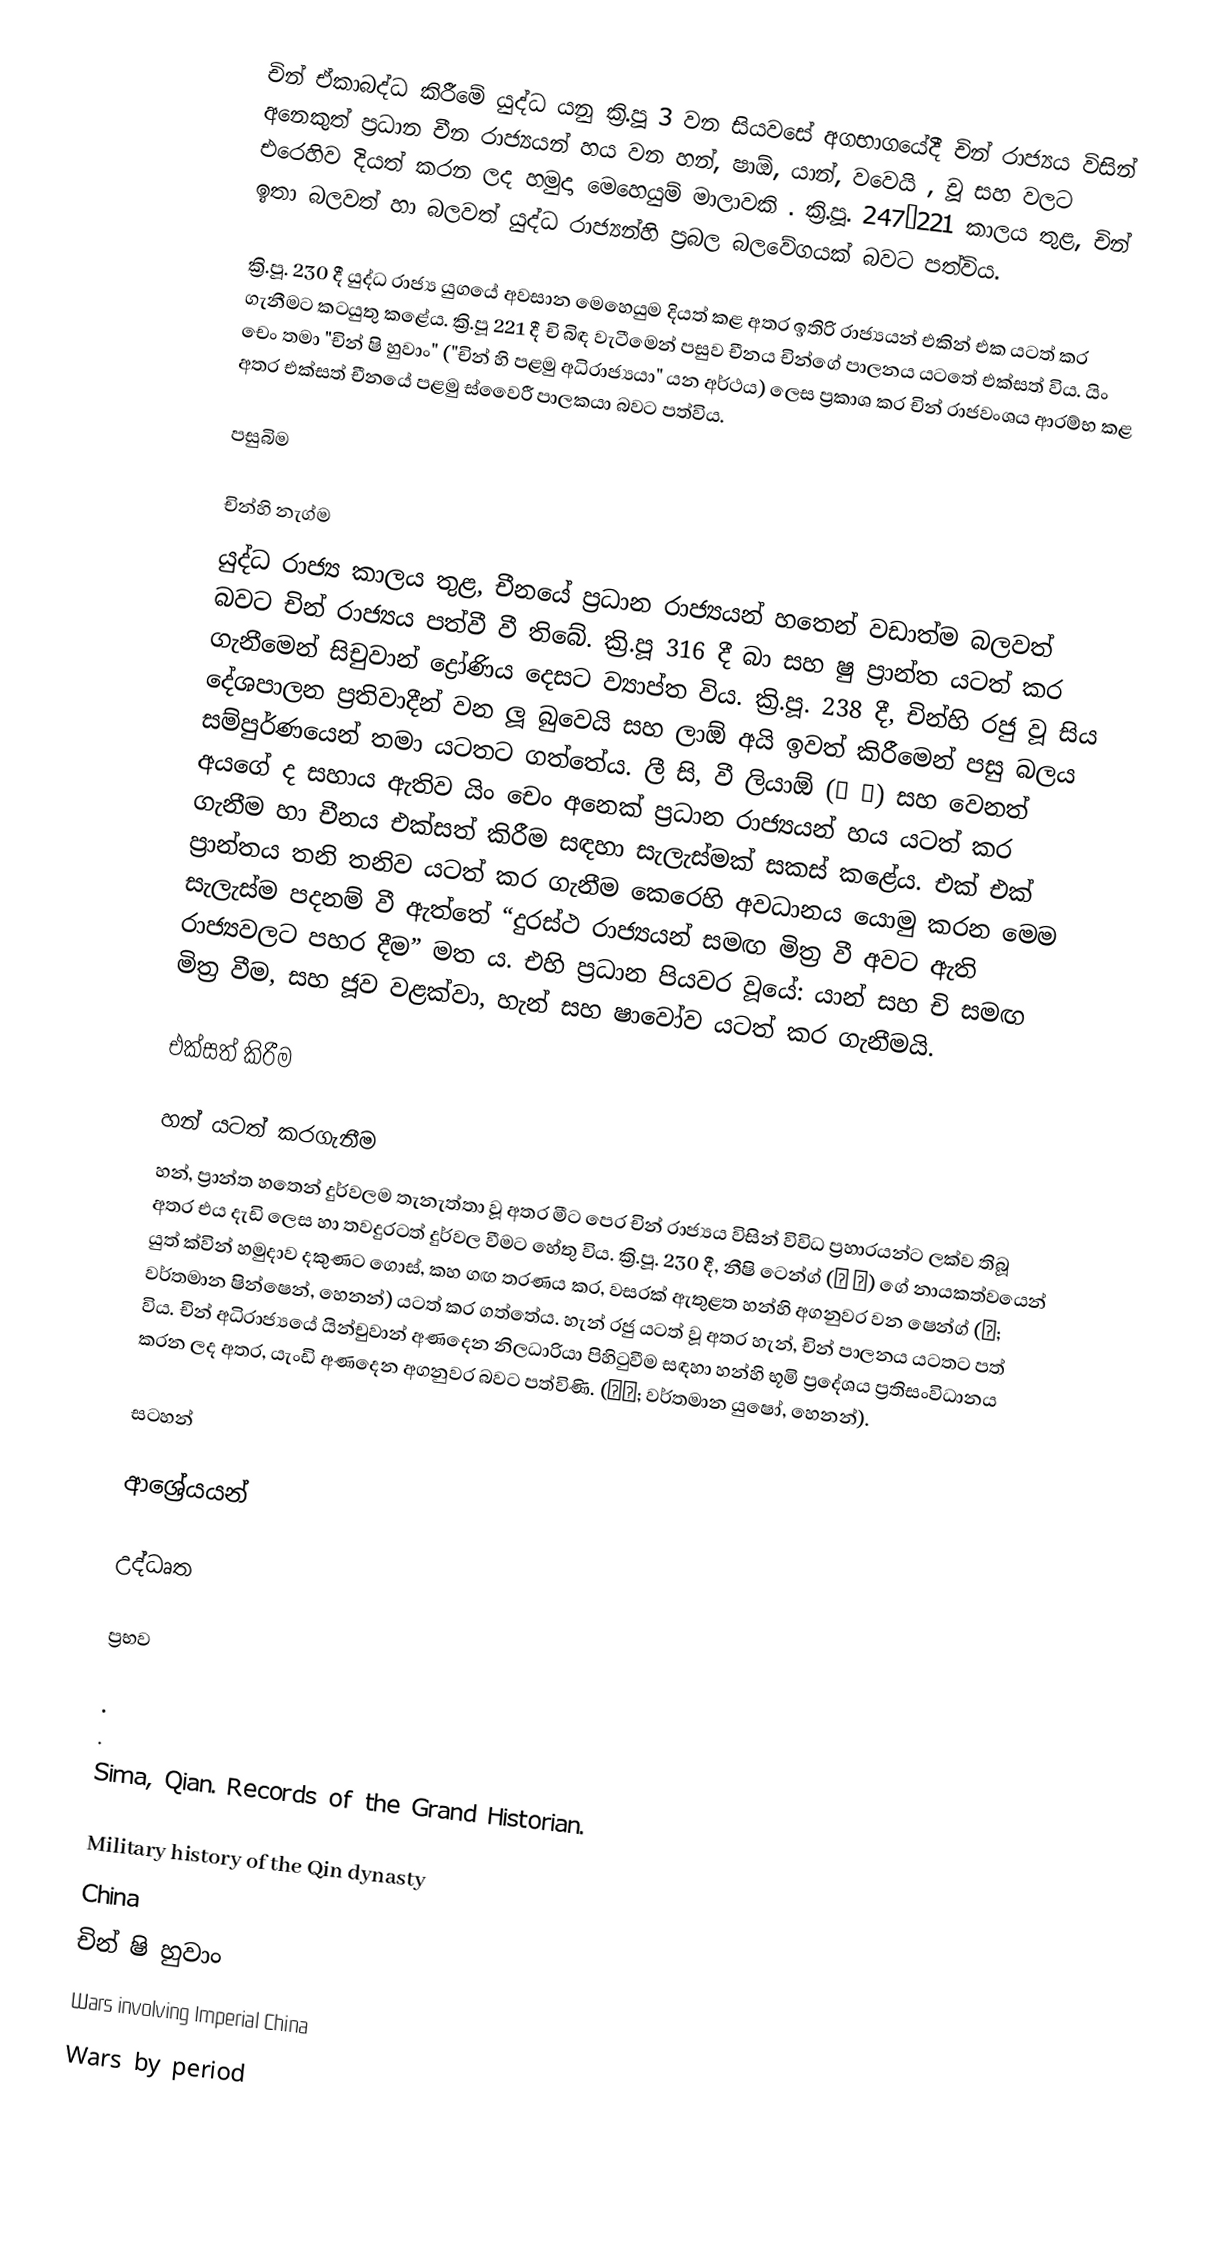
චින් ඒකාබද්ධ කිරීමේ යුද්ධ යනු  ක්‍රි.පූ 3 වන  සියවසේ අගභාගයේදී චින් රාජ්‍යය විසින් අනෙකුත් ප්‍රධාන චීන රාජ්‍යයන් හය වන හන්, ෂාඕ, යාන්, වවෙයි , චූ සහ  වලට එරෙහිව දියත් කරන ලද හමුදා මෙහෙයුම් මාලාවකි . ක්‍රි.පූ. 247–221 කාලය තුළ, චින් ඉතා බලවත් හා බලවත් යුද්ධ රාජ්‍යන්හි ප්‍රබල බලවේගයක් බවට පත්විය.

ක්‍රි.පූ. 230 දී යුද්ධ රාජ්‍ය යුගයේ අවසාන මෙහෙයුම දියත් කළ අතර ඉතිරි රාජ්‍යයන් එකින් එක යටත් කර ගැනීමට කටයුතු කළේය. ක්‍රි.පූ 221 දී චි බිඳ වැටීමෙන් පසුව චීනය චින්ගේ පාලනය යටතේ එක්සත් විය.  යිං චෙං තමා "චින් ෂි හුවාං" ("චින් හි පළමු අධිරාජ්‍යයා" යන අර්ථය) ලෙස ප්‍රකාශ කර චින් රාජවංශය ආරම්භ කළ අතර එක්සත් චීනයේ පළමු ස්වෛරී පාලකයා බවට පත්විය.

පසුබිම

චින්හි නැග්ම
යුද්ධ රාජ්‍ය කාලය තුළ, චීනයේ ප්‍රධාන රාජ්‍යයන් හතෙන් වඩාත්ම බලවත් බවට චින් රාජ්‍යය පත්වී වී තිබේ. ක්‍රි.පූ 316 දී බා සහ ෂු ප්‍රාන්ත යටත් කර ගැනීමෙන්  සිචුවාන් ද්‍රෝණිය දෙසට ව්‍යාප්ත විය. ක්‍රි.පූ. 238 දී, චින්හි රජු වූ  සිය දේශපාලන ප්‍රතිවාදීන් වන ලූ බුවෙයි සහ ලාඕ අයි ඉවත් කිරීමෙන් පසු බලය සම්පුර්ණයෙන් තමා යටතට ගත්තේය. ලී සි, වී ලියාඕ (尉 繚) සහ වෙනත් අයගේ ද  සහාය ඇතිව යිං චෙං අනෙක් ප්‍රධාන රාජ්‍යයන් හය යටත් කර ගැනීම හා චීනය එක්සත් කිරීම සඳහා සැලැස්මක් සකස් කළේය. එක් එක් ප්‍රාන්තය තනි තනිව  යටත් කර ගැනීම කෙරෙහි අවධානය යොමු කරන මෙම සැලැස්ම පදනම් වී ඇත්තේ “දුරස්ථ රාජ්‍යයන් සමඟ මිත්‍ර වී අවට ඇති රාජ්‍යවලට පහර දීම” මත ය. එහි ප්‍රධාන පියවර වූයේ: යාන් සහ චි සමඟ මිත්‍ර වීම, සහ ජූව වළක්වා, හැන් සහ ෂාවෝව යටත් කර ගැනීමයි.

එක්සත් කිරීම

හන් යටත් කරගැනීම
හන්, ප්‍රාන්ත හතෙන් දුර්වලම තැනැත්තා වූ අතර මීට පෙර චින් රාජ්‍යය විසින් විවිධ ප්‍රහාරයන්ට ලක්ව තිබූ අතර එය දැඩි ලෙස හා තවදුරටත් දුර්වල වීමට හේතු විය. ක්‍රි.පූ. 230 දී, නීෂි ටෙන්ග් (內 騰) ගේ නායකත්වයෙන් යුත් ක්වින් හමුදාව දකුණට ගොස්, කහ ගඟ තරණය කර, වසරක් ඇතුළත හන්හි අගනුවර වන ෂෙන්ග් (鄭; වර්තමාන ෂින්ෂෙන්, හෙනන්) යටත් කර ගත්තේය. හැන් රජු යටත් වූ අතර හැන්, චින් පාලනය යටතට පත් විය. චින් අධිරාජ්‍යයේ යින්චුවාන් අණදෙන නිලධාරියා පිහිටුවීම සඳහා හන්හි භූමි ප්‍රදේශය ප්‍රතිසංවිධානය කරන ලද අතර, යැංඩි  අණදෙන අගනුවර බවට පත්විණි. (陽翟; වර්තමාන යුෂෝ, හෙනන්).

සටහන්

ආශ්‍රේයයන්

උද්ධෘත

ප්‍රභව

 .
 .
 Sima, Qian. Records of the Grand Historian.

Military history of the Qin dynasty
China
චින් ෂි හුවාං
Wars involving Imperial China
Wars by period